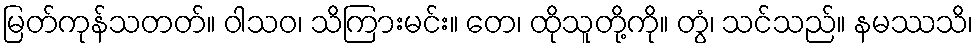
မြတ်ကုန်သတတ်။ ဝါသဝ၊ သိကြားမင်း။ တေ၊ ထိုသူတို့ကို။ တွံ၊ သင်သည်။ နမဿသိ၊